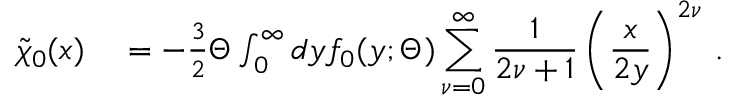
\begin{array} { r l } { \widetilde { \chi } _ { 0 } ( \boldsymbol { x } ) } & { { } = - \frac { 3 } { 2 } \Theta \int _ { 0 } ^ { \infty } d y f _ { 0 } ( y ; \Theta ) \displaystyle \sum _ { \nu = 0 } ^ { \infty } \frac { 1 } { 2 \nu + 1 } \left( \frac { x } { 2 y } \right) ^ { 2 \nu } \, . } \end{array}